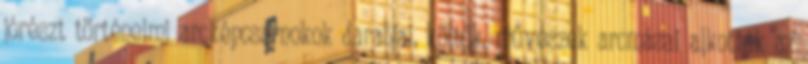
jórészt történelmi arcképcsarnokok darabjai, költők, művészek arcmásai alkották az